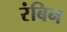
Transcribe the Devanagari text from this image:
रंबिन